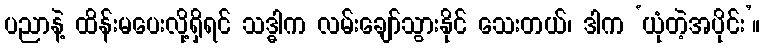
ပညာနဲ့ ထိန်းမပေးလို့ရှိရင် သဒ္ဓါက လမ်းချော်သွားနိုင် သေးတယ်၊ ဒါက ‘ယုံတဲ့အပိုင်း’။